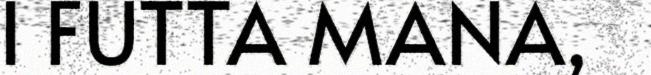
I FUTTA MANA,